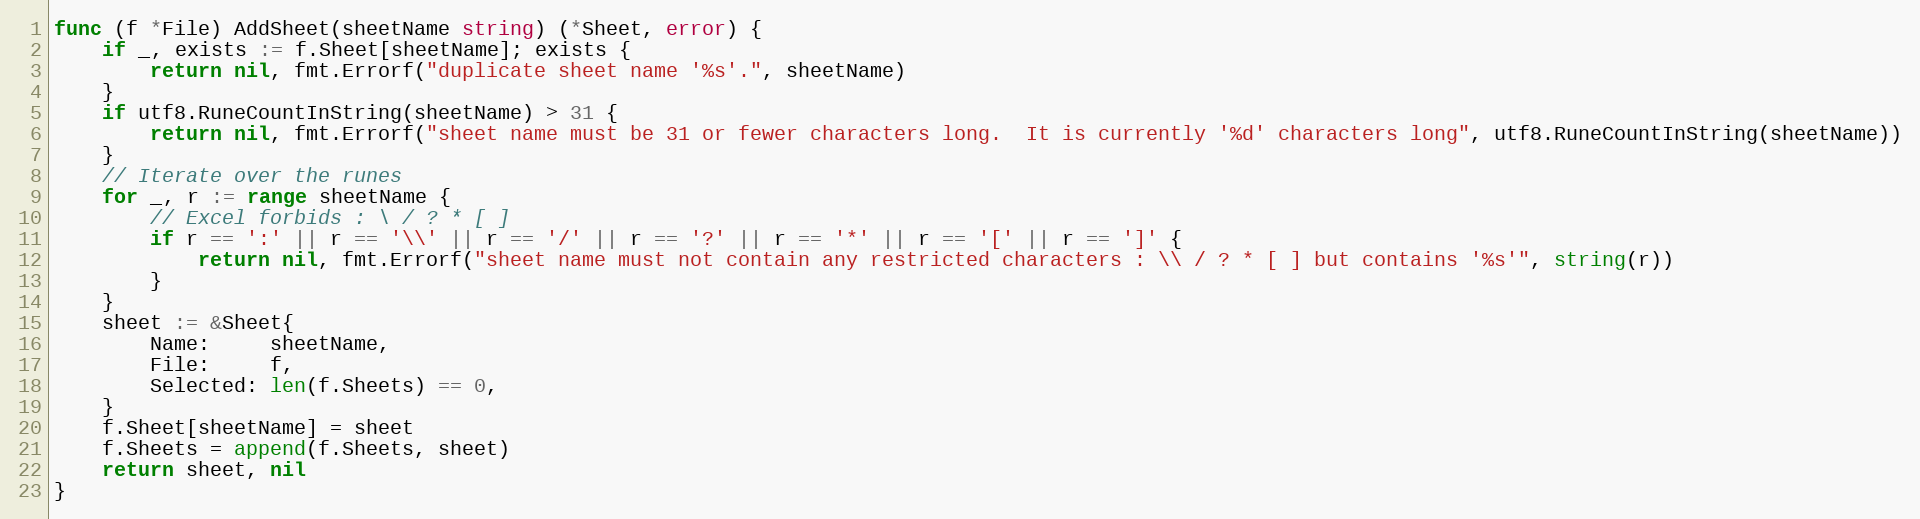
Language: Go
func (f *File) AddSheet(sheetName string) (*Sheet, error) {
	if _, exists := f.Sheet[sheetName]; exists {
		return nil, fmt.Errorf("duplicate sheet name '%s'.", sheetName)
	}
	if utf8.RuneCountInString(sheetName) > 31 {
		return nil, fmt.Errorf("sheet name must be 31 or fewer characters long.  It is currently '%d' characters long", utf8.RuneCountInString(sheetName))
	}
	// Iterate over the runes
	for _, r := range sheetName {
		// Excel forbids : \ / ? * [ ]
		if r == ':' || r == '\\' || r == '/' || r == '?' || r == '*' || r == '[' || r == ']' {
			return nil, fmt.Errorf("sheet name must not contain any restricted characters : \\ / ? * [ ] but contains '%s'", string(r))
		}
	}
	sheet := &Sheet{
		Name:     sheetName,
		File:     f,
		Selected: len(f.Sheets) == 0,
	}
	f.Sheet[sheetName] = sheet
	f.Sheets = append(f.Sheets, sheet)
	return sheet, nil
}